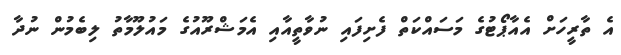
އެ ތާރީހަށް އެއާޕޯޓުގެ މަސައްކަތް ފެށިފައި ނުވާތީއާއި އެމަޝްރޫއުގެ މައުލޫމާތު ލިބެމުން ނުދާ